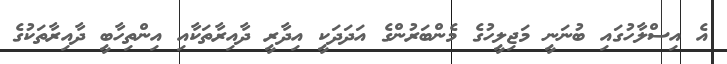
އެ އިސްލާހުގައި ބުނަނީ މަޖިލީހުގެ މެންބަރުންގެ އަދަދަކީ އިދާރީ ދާއިރާތަކާއި އިންތިހާބީ ދާއިރާތަކުގެ